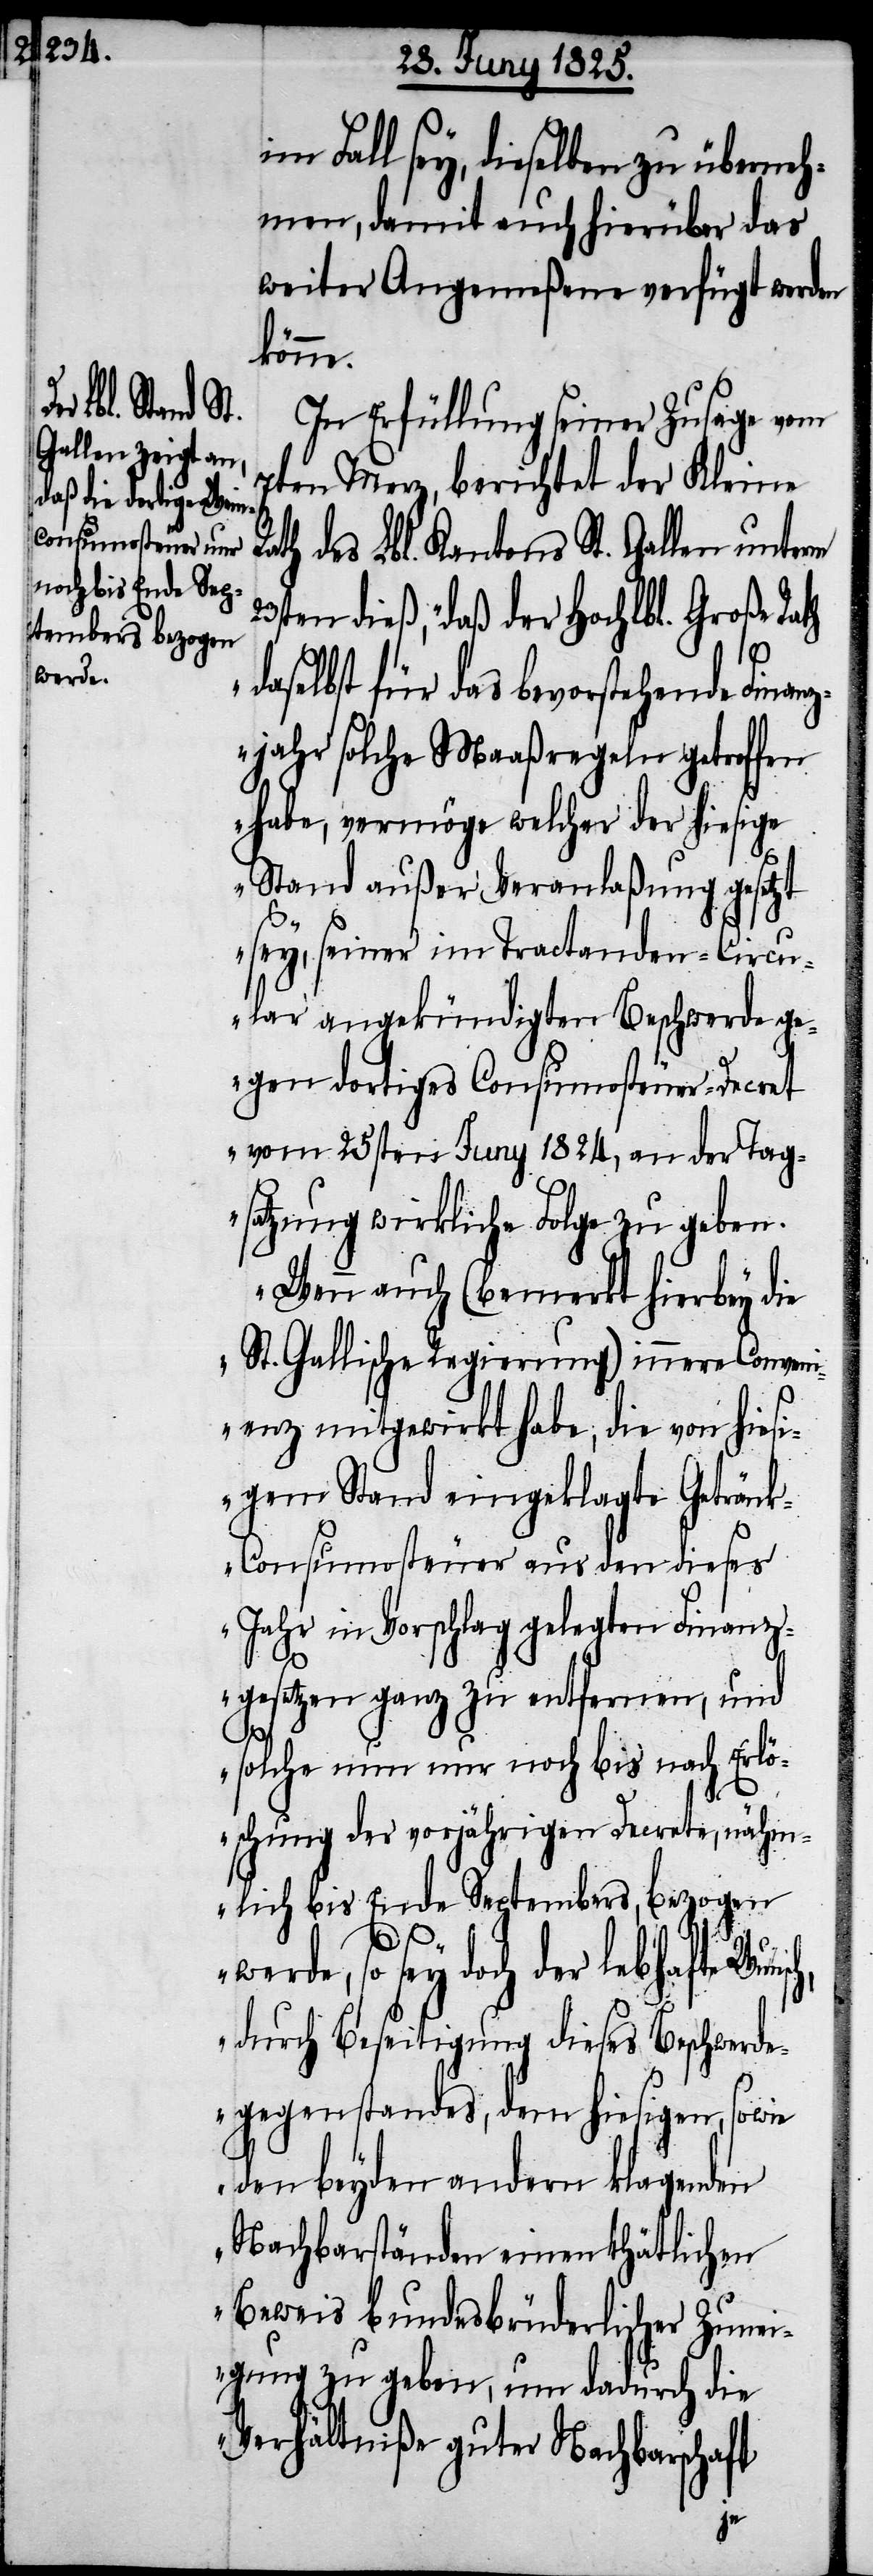
im Fall sey, dieselben zu überneh¬
men, damit auch hierüber das
weiter Angemeßene verfügt werden
könne.
In Erfüllung seiner Zusage vom
7ten Merz, berichtet der Kleine
ath des Lbl. Kantons St. Gallen unterm
23sten dieß, „daß der Hochlbl. Große Rath
daselbst für das bevorstehende Finanz¬
jahr solche Maaßregeln getroffen
habe, vermöge welcher der hiesige
Stand außer Veranlaßung gesetzt
sey, seiner im Tractanden-Circu¬
lare angekündigten Beschwerde ge¬
gen dortiges Consumsteuer-Decret
vom 25sten Juny 1824, an der Tag¬
satzung wirkliche Folge zu geben.
Wenn auch (bemerkt hierbey die
St. Gallische Regierung) innere Conveni¬
enz mitgewirkt habe, die von hies¬
igem Stand eingeklagte Geträn¬
k-Consumsteuer aus den dieses
Jahr in Vorschlag gelegten Finanz¬
gesetzen ganz zu entfernen, und
sch,
solche nun nur noch bis nach Erlö¬
schung der vorjährigen Decrete, nähm¬
lich bis Ende September, bezogen
R¬
werde, so sey doch der lebhafte Wun¬
durch Beseitigung dieses Beschwerde¬
gegenstandes, dem hiesigen, sowie
den beyden andern klagenden
Nachbarständen einen thätlichen
Beweis bundesbrüderlicher Zunei¬
gung zu geben, um dadurch die
Verhältniße guter Nachbarschaft